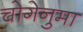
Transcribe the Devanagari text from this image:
चोगेनुमा